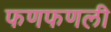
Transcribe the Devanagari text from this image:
फणफणली